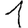
Digit: 1